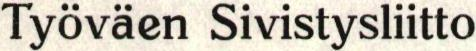
Työväen Sivistysliitto